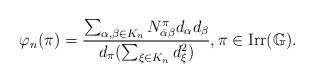
LaTeX: \begin{align*}\varphi_{n}(\pi)=\frac{\sum_{\alpha , \beta \in K_{n}} N_{\bar{\alpha}\beta}^{\pi}d_\alpha d_\beta}{d_\pi (\sum_{\xi \in K_{n}}d_\xi ^2)},\pi\in \mathrm{Irr} (\mathbb G).\end{align*}